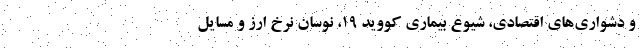
و دشواری‌های اقتصادی، شیوع بیماری کووید ۱۹، نوسان نرخ ارز و مسایل